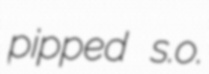
pipped s.o.